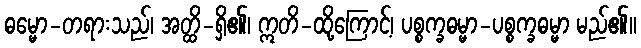
ဓမ္မော-တရားသည်၊ အတ္ထိ-ရှိ၏၊ ဣတိ-ထို့ကြောင့်၊ ပစ္စက္ခဓမ္မာ-ပစ္စက္ခဓမ္မာ မည်၏။